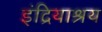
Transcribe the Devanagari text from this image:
इंद्रियाश्रय